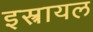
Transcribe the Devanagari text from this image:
इस्त्रायल